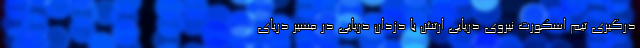
درگیری تیم اسکورت نیروی دریایی ارتش با دزدان دریایی در مسیر دریای